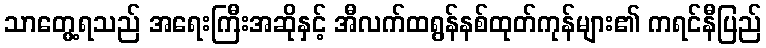
သာတွေ့ရသည် အရေးကြီးအဆိုနှင့် အီလက်ထရွန်နစ်ထုတ်ကုန်များ၏ ကရင်နီပြည်